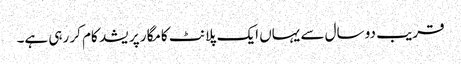
قریب دو سال سے یہاں ایک پلانٹ کامگار پریشد کام کر رہی ہے۔